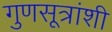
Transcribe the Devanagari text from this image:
गुणसूत्रांशी